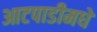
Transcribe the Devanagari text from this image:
आटपाडीमधे